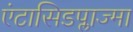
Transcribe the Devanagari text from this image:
एंटासिडप्लाज्मा